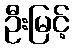
ဦးမြင့်